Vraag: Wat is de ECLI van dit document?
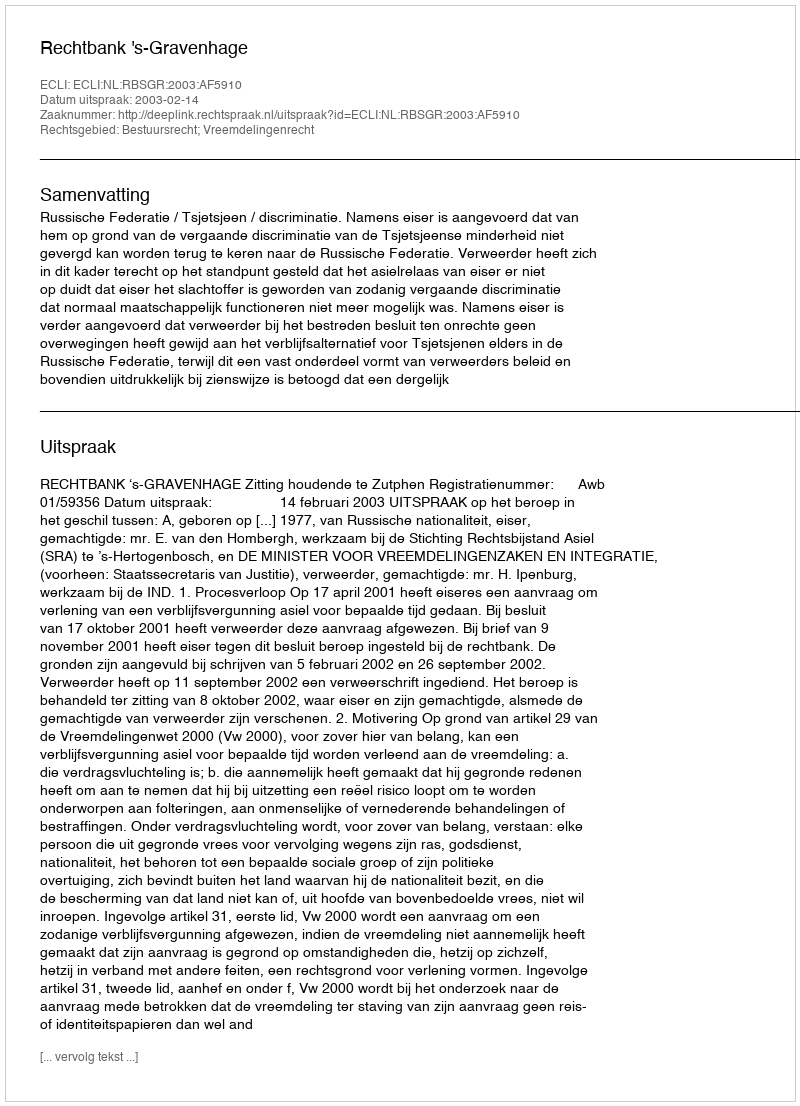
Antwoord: ECLI:NL:RBSGR:2003:AF5910